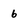
Character: 6